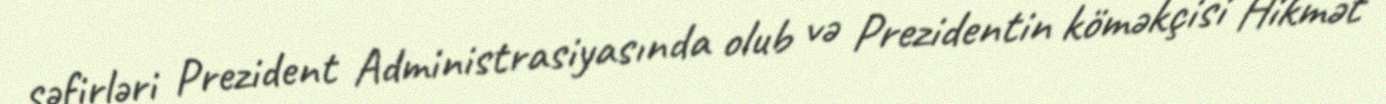
səfirləri Prezident Administrasiyasında olub və Prezidentin köməkçisi Hikmət